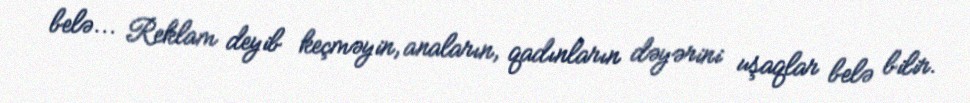
belə... Reklam deyib keçməyin, anaların, qadınların dəyərini uşaqlar belə bilir.